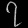
Digit: ၇